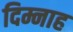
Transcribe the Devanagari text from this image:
दिम्नाह